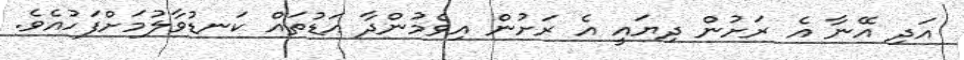
އަދި އޭނާ އެ ރަށުން ދިޔައީ އެ ރަށުން އިވެމުންދާ އަޑުތައް ކަނޑުވާލުމަށްފަހުއެވެ.